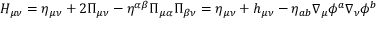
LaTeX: { \displaystyle H _ { \mu \nu } = \eta _ { \mu \nu } + 2 { \Pi } _ { \mu \nu } - \eta ^ { \alpha \beta } { \Pi } _ { \mu \alpha } { \Pi } _ { \beta \nu } } = \eta _ { \mu \nu } + h _ { \mu \nu } - \eta _ { a b } \nabla _ { \mu } \phi ^ { a } \nabla _ { \nu } \phi ^ { b }